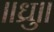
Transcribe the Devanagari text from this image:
॥ध्रु॥